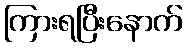
ကြားရပြီးနောက်